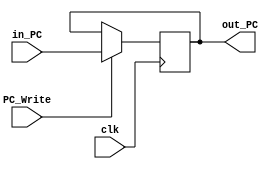
module PC (clk , PC_Write , in_PC , out_PC);
	input clk,PC_Write;
	input [31:0] in_PC;
	output reg[31:0] out_PC;

	initial begin 
		out_PC = 32'd0;
	end

	always@(posedge clk) begin 
		if (PC_Write == 1)
			out_PC <= in_PC;
	end
endmodule